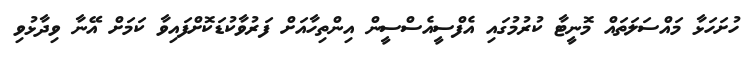
ހުށަހަޅާ މައްސަލަތައް މޮނީޓާ ކުރުމުގައި އެފްސީއެސްސީން އިންތިހާއަށް ފަރުވާކުޑަކޮށްފައިވާ ކަމަށް އޭނާ ވިދާޅުވި